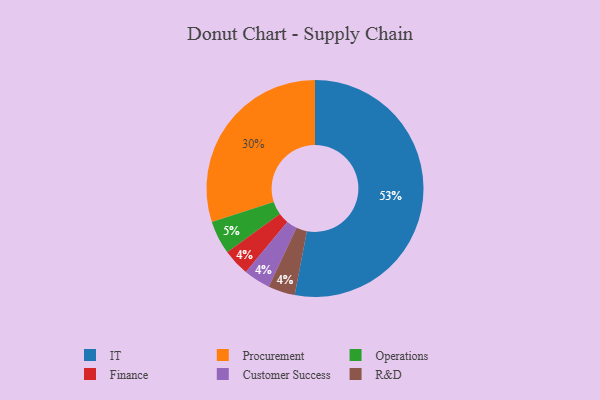
{"axis": {"x": "Category", "y": "Percentage"}, "legend": ["Customer Success", "Finance", "IT", "Operations", "Procurement", "R&D"], "data": [{"x": "Procurement", "y": 30, "type": "Procurement"}, {"x": "Finance", "y": 4, "type": "Finance"}, {"x": "Customer Success", "y": 4, "type": "Customer Success"}, {"x": "Operations", "y": 5, "type": "Operations"}, {"x": "R&D", "y": 4, "type": "R&D"}, {"x": "IT", "y": 53, "type": "IT"}]}